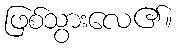
ဖြစ်သွားလေ၏။